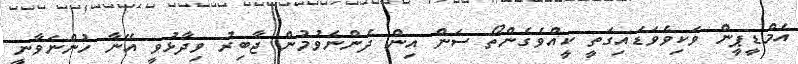
އެމްޑީޕީން ވަކިވެވަޑައިގަތީ ކީއްވެގެންތޯ ސަން އިން ދެންނެވުމުން ޖާބިރު ވިދާޅުވީ އޭނާ ހުންނަވާނީ